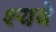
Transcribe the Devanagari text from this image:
श्यवे